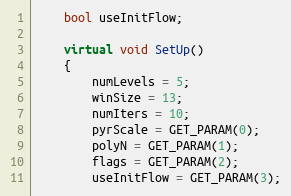
Language: C++
    bool useInitFlow;

    virtual void SetUp()
    {
        numLevels = 5;
        winSize = 13;
        numIters = 10;
        pyrScale = GET_PARAM(0);
        polyN = GET_PARAM(1);
        flags = GET_PARAM(2);
        useInitFlow = GET_PARAM(3);